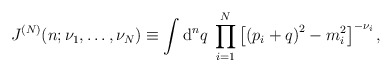
\begin{align*}J^{(N)}(n; \nu_1, \ldots, \nu_N )\equiv\int \mbox{d}^n q \; \prod_{i=1}^N \left[\left(p_i+q\right)^2 - m_i^2 \right]^{-\nu_i} ,\end{align*}